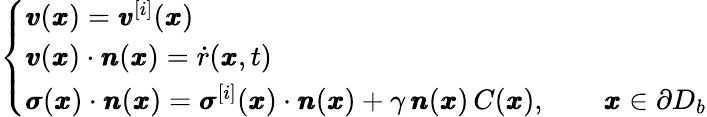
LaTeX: \left\{ \begin{array}{ll}{{\pmb v}({\pmb x})={\pmb v}^{[i]}({\pmb x})}\\ {{\pmb v}({\pmb x})\cdot{\pmb n}({\pmb x})=\dot{r}({\pmb x},t)}\\ {{\pmb\sigma}({\pmb x})\cdot{\pmb n}({\pmb x})={\pmb\sigma}^{[i]}({\pmb x})\cdot{\pmb n}({\pmb x})+\gamma\, {\pmb n}({\pmb x})\, C({\pmb x}),\qquad{\pmb x}\in\partial D_{b}}\end{array}\right.